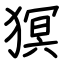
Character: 猽